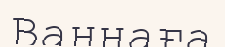
Ваннаға